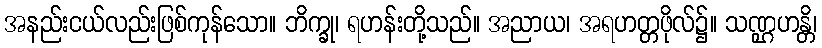
အနည်းငယ်လည်းဖြစ်ကုန်သော။ ဘိက္ခု၊ ရဟန်းတို့သည်။ အညာယ၊ အရဟတ္တဖိုလ်၌။ သဏ္ဌဟန္တိ၊